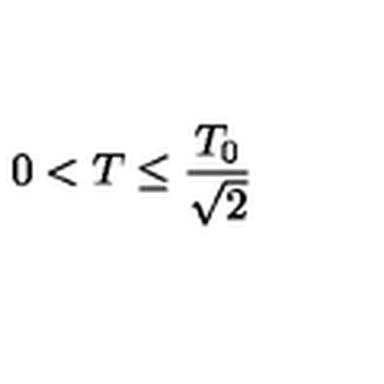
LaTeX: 0 < T \leq \frac { T _ { 0 } } { \sqrt { 2 } }